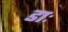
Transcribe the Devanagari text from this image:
डाः